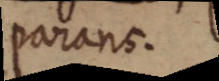
parans.